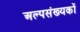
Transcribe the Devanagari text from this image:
अल्पसंख्‍यकों